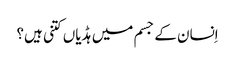
اِنسان کے جسم میں ہڈیاں کتنی ہیں؟